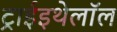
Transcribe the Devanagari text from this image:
ट्राईइथेलॉल